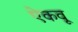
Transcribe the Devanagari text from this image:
ऐकवू